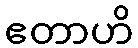
ဧတာဟိ